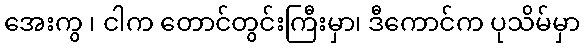
အေးကွ ၊ ငါက တောင်တွင်းကြီးမှာ၊ ဒီကောင်က ပုသိမ်မှာ